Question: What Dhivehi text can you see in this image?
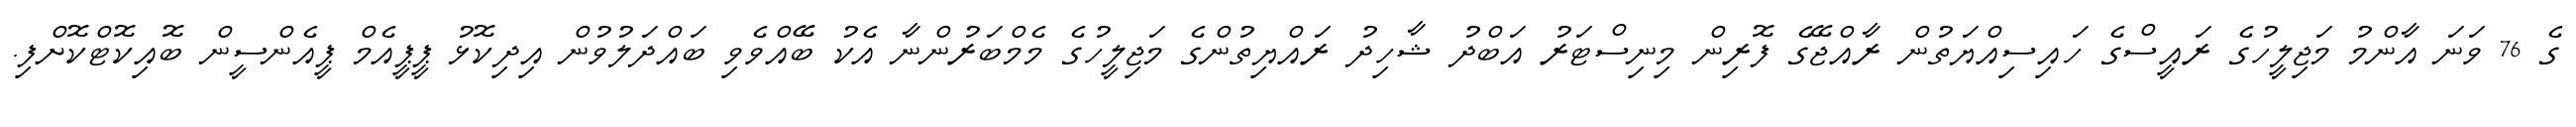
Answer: ގެ 76 ވަނަ އާންމު މަޖިލީހުގެ ރައީސްގެ ހައިސިއްޔަތުން ރާއްޖޭގެ ފޮރިން މިނިސްޓަރު އަބްދު ޝާހިދު ރައްޔިތުންގެ މަޖިލީހުގެ މެމްބަރުންނާ އެކު ބޭއްވެވި ބައްދަލުވުން އިދިކޮޅު ޕީޕީއެމް ޕީއެންސީން ބޮއިކޮޓްކޮށްފި.